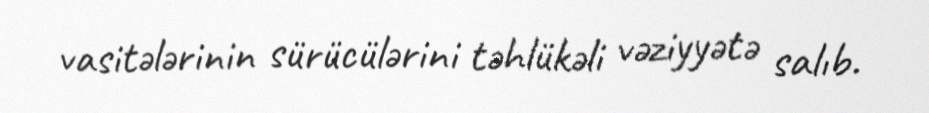
vasitələrinin sürücülərini təhlükəli vəziyyətə salıb.